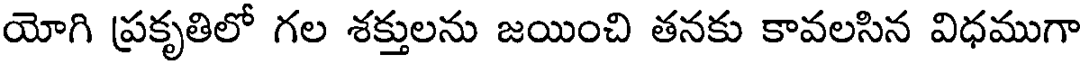
యోగి ప్రకృతిలో గల శక్తులను జయించి తనకు కావలసిన విధముగా